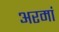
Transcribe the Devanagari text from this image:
अरमां